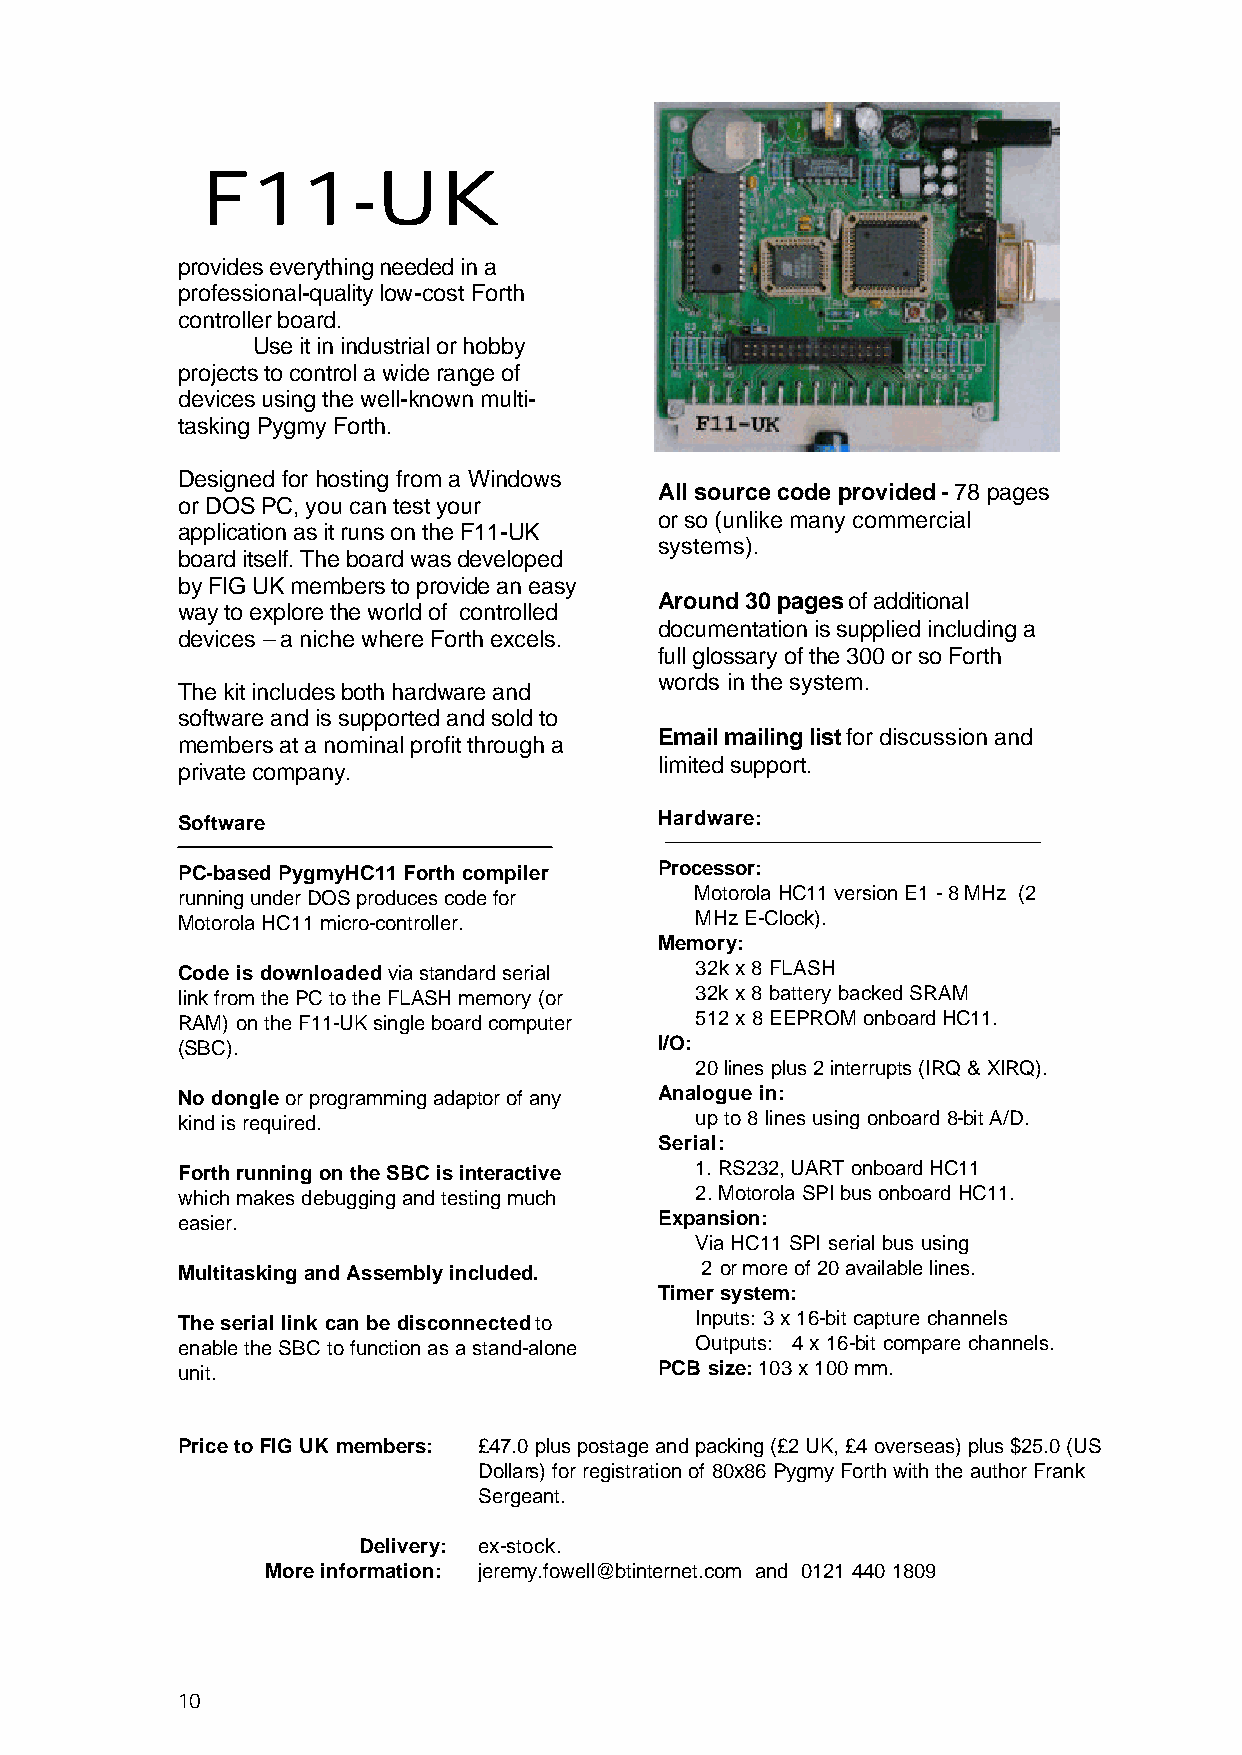
F11-UK
 provides everything needed in a
 professional-quality low-cost Forth
 controller board.
 Use it in industrial or hobby
 projects to control a wide range of
 devices using the well-known multi-
 tasking Pygmy Forth.
 Designed for hosting from a Windows
 All source code provided - 78 pages
 or DOS PC, you can test your
 or so (unlike many commercial
 application as it runs on the F11-UK
 systems).
 board itself. The board was developed
 by FIG UK members to provide an easy
 Around 30 pages of additional
 way to explore the world of controlled
 documentation is supplied including a
 devices – a niche where Forth excels.
 full glossary of the 300 or so Forth
 words in the system.
 The kit includes both hardware and
 software and is supported and sold to
 Email mailing list for discussion and
 members at a nominal profit through a
 private company.                limited support.
 Software                        Hardware:
 PC-based PygmyHC11 Forth compiler Processor:
 running under DOS produces code for Motorola HC11 version E1 - 8 MHz (2
 Motorola HC11 micro-controller.   MHz E-Clock).
 Memory:
 Code is downloaded via standard serial 32k x 8 FLASH
 link from the PC to the FLASH memory (or 32k x 8 battery backed SRAM
 RAM) on the F11-UK single board computer 512 x 8 EEPROM onboard HC11.
 (SBC).                          I/O:
 20 lines plus 2 interrupts (IRQ & XIRQ).
 No dongle or programming adaptor of any Analogue in:
 kind is required.                 up to 8 lines using onboard 8-bit A/D.
 Serial:
 Forth running on the SBC is interactive 1. RS232, UART onboard HC11
 which makes debugging and testing much 2. Motorola SPI bus onboard HC11.
 easier.                         Expansion:
 Via HC11 SPI serial bus using
 Multitasking and Assembly included. 2 or more of 20 available lines.
 Timer system:
 The serial link can be disconnected to Inputs: 3 x 16-bit capture channels
 enable the SBC to function as a stand-alone Outputs: 4 x 16-bit compare channels.
 unit.                           PCB size: 103 x 100 mm.
 Price to FIG UK members: £47.0 plus postage and packing (£2 UK, £4 overseas) plus $25.0 (US
 Dollars) for registration of 80x86 Pygmy Forth with the author Frank
 Sergeant.
 Delivery: ex-stock.
 More information: jeremy.fowell@btinternet.com and 0121 440 1809
 10